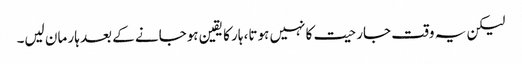
لیکن یہ وقت جارحیت کا نہیں ہوتا، ہار کا یقین ہوجانے کے بعد ہار مان لیں۔